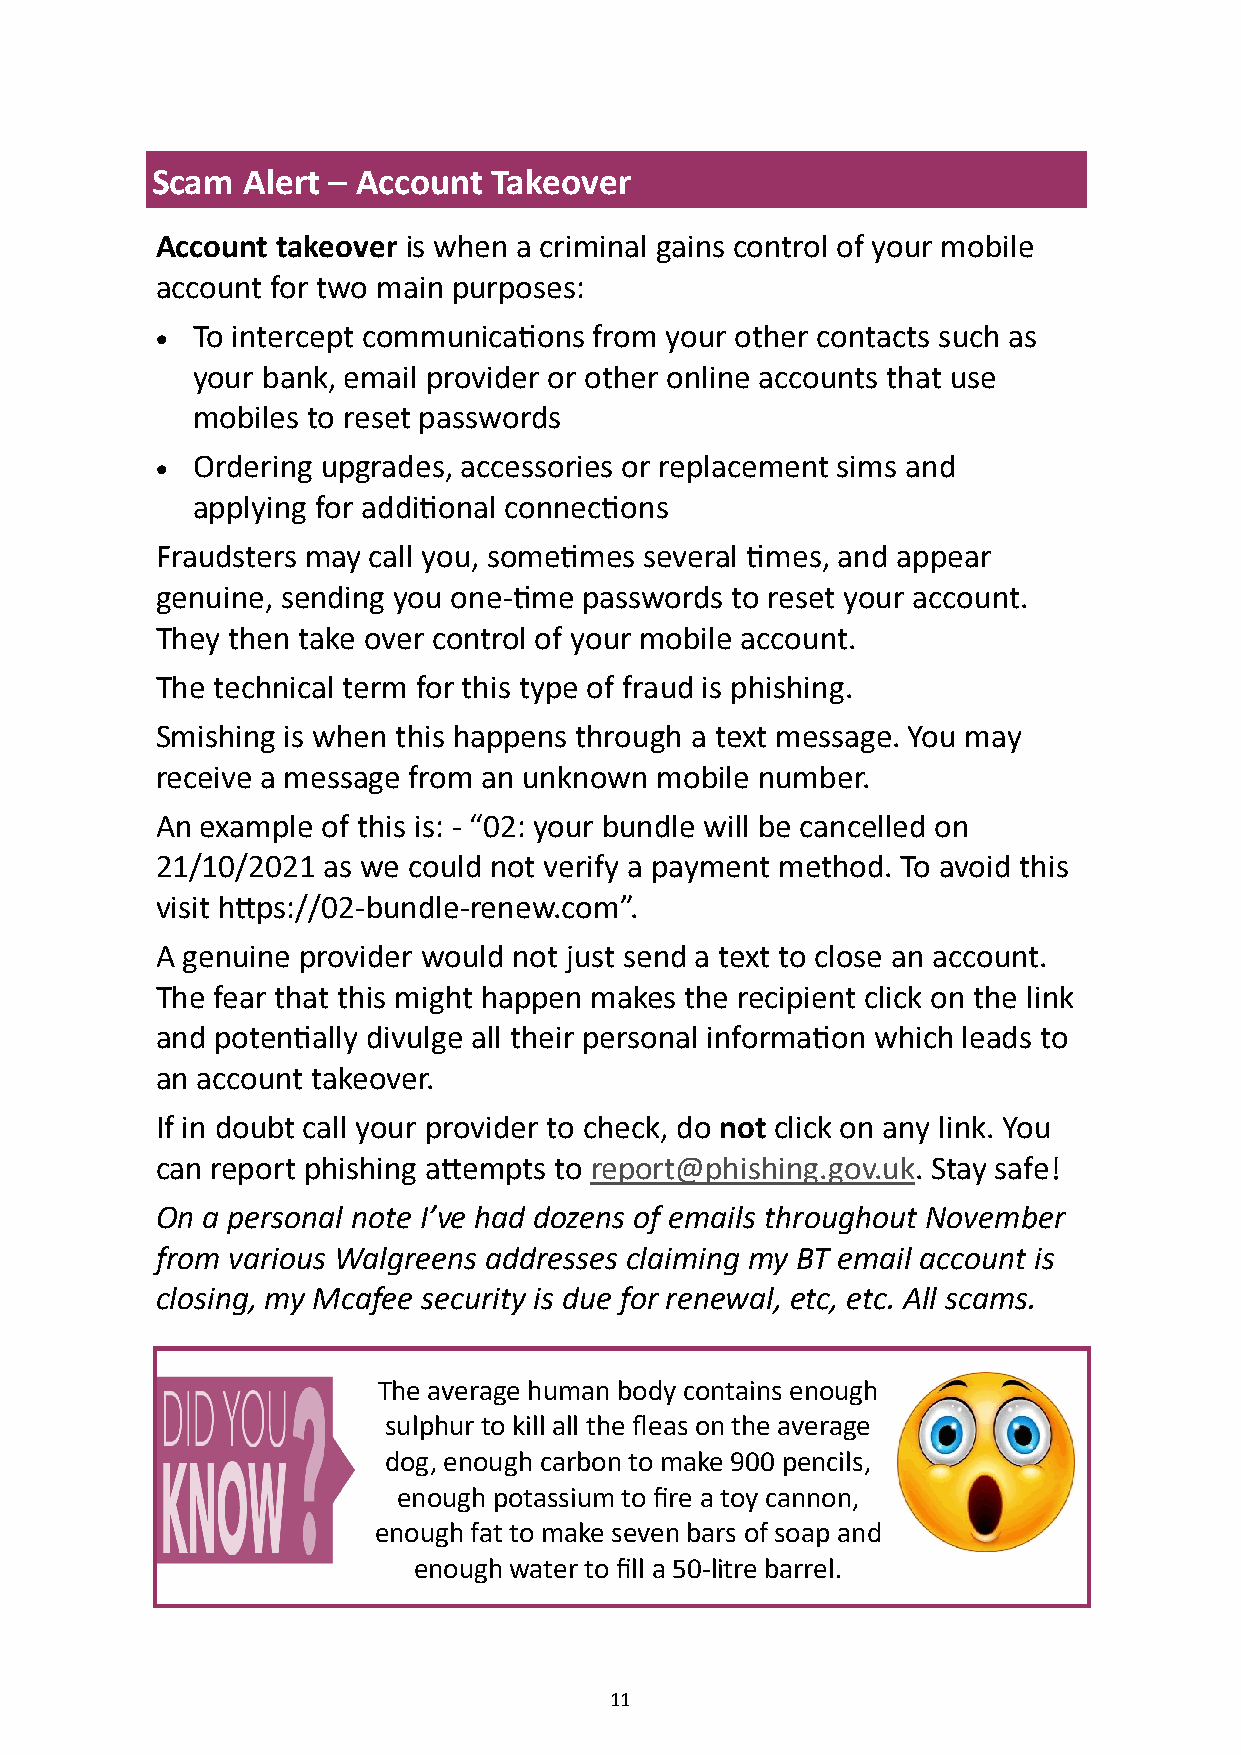
Scam  Alert – Account  Takeover
 Account takeover is when a criminal gains control of your mobile
 account for two main purposes:
 •  To intercept communications from your other contacts such as
 your bank, email provider or other online accounts that use
 mobiles to reset passwords
 •  Ordering upgrades, accessories or replacement sims and
 applying for additional connections
 Fraudsters may call you, sometimes several times, and appear
 genuine, sending you one-time passwords to reset your account.
 They then take over control of your mobile account.
 The technical term for this type of fraud is phishing.
 Smishing is when this happens through a text message. You may
 receive a message from an unknown mobile number.
 An example of this is: - “02: your bundle will be cancelled on
 21/10/2021 as we could not verify a payment method. To avoid this
 visit https://02-bundle-renew.com”.
 A genuine provider would not just send a text to close an account.
 The fear that this might happen makes the recipient click on the link
 and potentially divulge all their personal information which leads to
 an account takeover.
 If in doubt call your provider to check, do not click on any link. You
 can report phishing attempts to report@phishing.gov.uk. Stay safe!
 On a personal note I’ve had dozens of emails throughout November
 from various Walgreens addresses claiming my BT email account is
 closing, my Mcafee security is due for renewal, etc, etc. All scams.
 The average human body contains enough
 sulphur to kill all the fleas on the average
 dog, enough carbon to make 900 pencils,
 enough potassium to fire a toy cannon,
 enough fat to make seven bars of soap and
 enough water to fill a 50-litre barrel.
 11